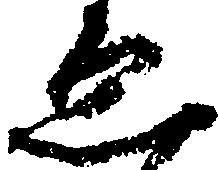
ゑ